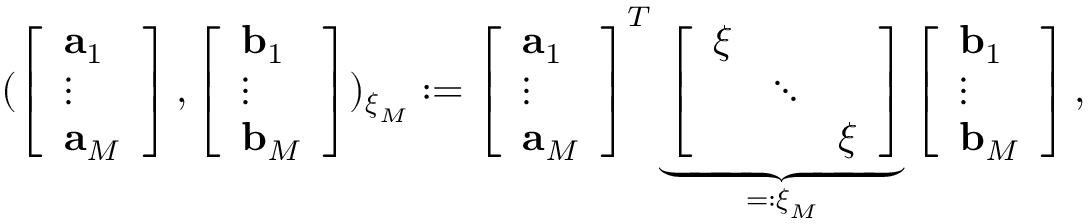
( \left[ \begin{array} { l } { \mathbf { a } _ { 1 } } \\ { \vdots } \\ { \mathbf { a } _ { M } } \end{array} \right] , \left[ \begin{array} { l } { \mathbf { b } _ { 1 } } \\ { \vdots } \\ { \mathbf { b } _ { M } } \end{array} \right] ) _ { \boldsymbol { \xi } _ { M } } : = \left[ \begin{array} { l } { \mathbf { a } _ { 1 } } \\ { \vdots } \\ { \mathbf { a } _ { M } } \end{array} \right] ^ { T } \underbrace { \left[ \begin{array} { l l l } { \boldsymbol { \xi } } & & \\ & { \ddots } & \\ & & { \boldsymbol { \xi } } \end{array} \right] } _ { = : \boldsymbol { \xi } _ { M } } \left[ \begin{array} { l } { \mathbf { b } _ { 1 } } \\ { \vdots } \\ { \mathbf { b } _ { M } } \end{array} \right] ,